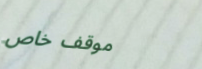
موقف خاص